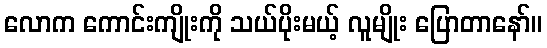
လောက ကောင်းကျိုးကို သယ်ပိုးမယ့် လူမျိုး ပြောတာနော်။